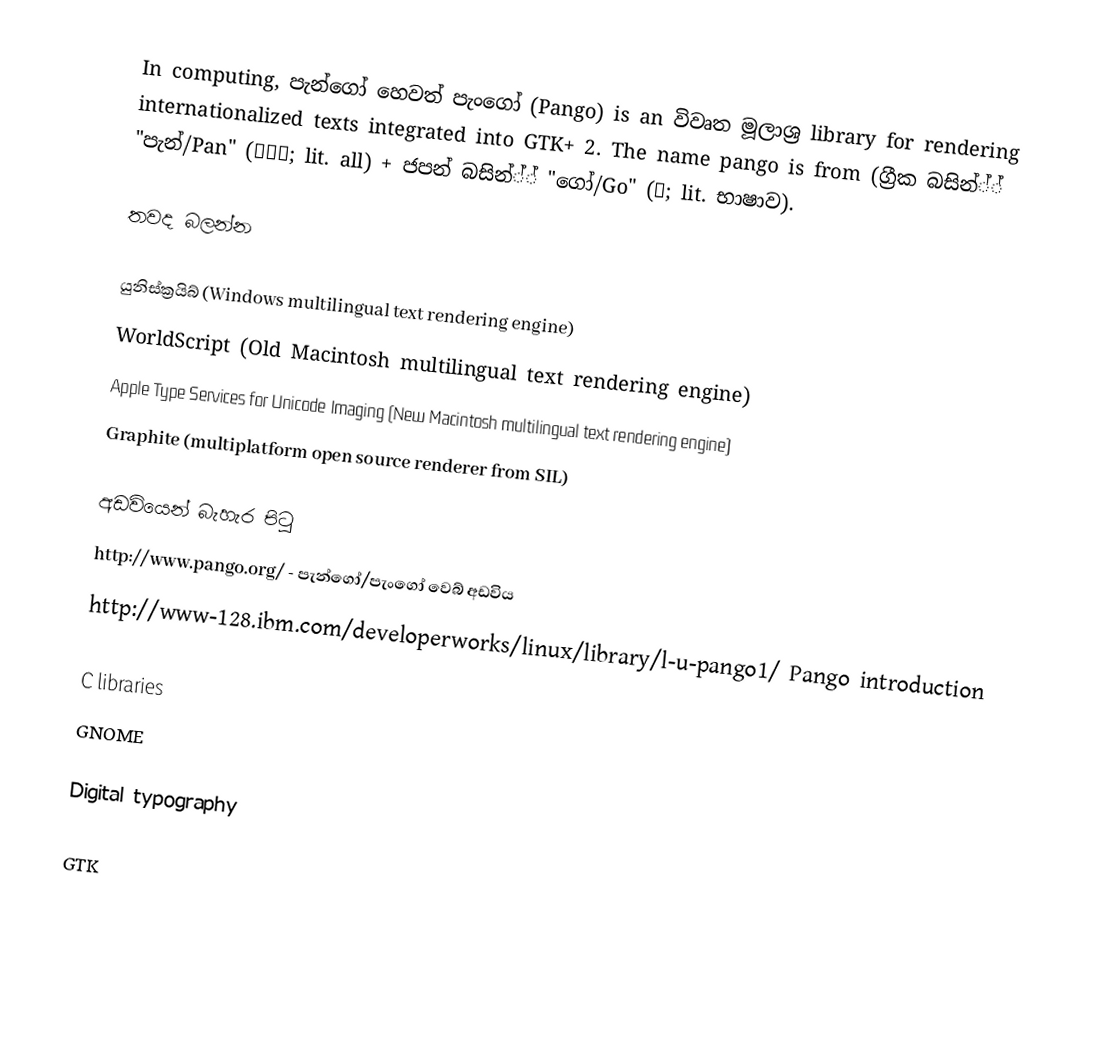
In computing, පැන්ගෝ හෙවත් පැංගෝ (Pango) is an විවෘත මූලාශ්‍ර library for rendering internationalized texts integrated into GTK+ 2. The name pango is from (ග්‍රීක බසින්්්  "පැන්/Pan" (Παν; lit. all) + ජපන් බසින්්්   "ගෝ/Go" (語; lit. භාෂාව).

තවද බලන්න

යුනිස්ක්‍රයිබ් (Windows multilingual text rendering engine)
WorldScript (Old Macintosh multilingual text rendering engine)
Apple Type Services for Unicode Imaging (New Macintosh multilingual text rendering engine)
Graphite (multiplatform open source renderer from SIL)

අඩවියෙන් බැහැර පිටු
 http://www.pango.org/ - පැන්ගෝ/පැංගෝ වෙබ් අඩවිය
 http://www-128.ibm.com/developerworks/linux/library/l-u-pango1/ Pango introduction

C libraries
GNOME

Digital typography

GTK